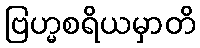
ဗြဟ္မစရိယမှာတိ